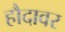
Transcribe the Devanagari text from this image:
हौदावर